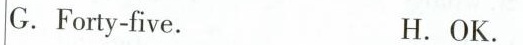
G.Forty-five. H.OK. .